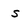
Character: s